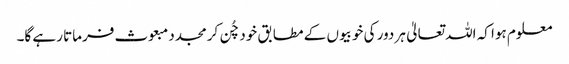
معلوم ہوا کہ اللہ تعالیٰ ہر دور کی خوبیوں کے مطابق خود چُن کر مجدد مبعوث فرماتا رہے گا۔